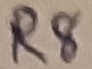
Text: R8